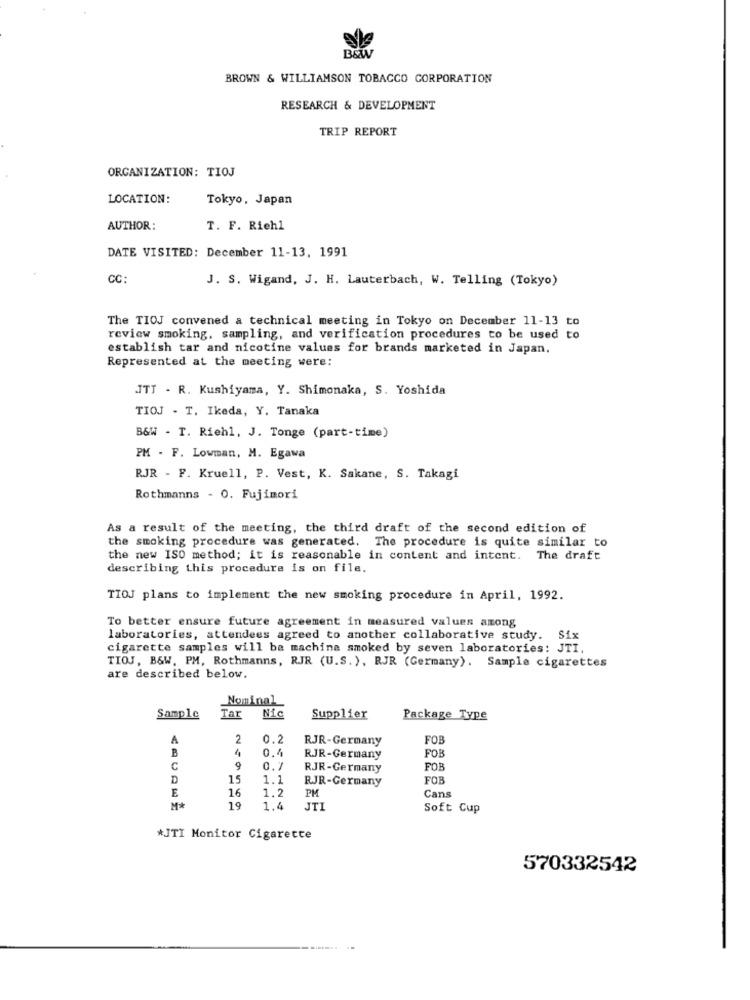
B&W
BROWN & WILLIAMSON TOBACCO CORPORATION
RESEARCH & DEVELOPMENT
TRIP REPORT
ORGANIZATION: TIOJ
LOCATION:
Tokyo, Japan
AUTHOR:
T. F. Riehl
DATE VISITED: December 11-13, 1991
CC:
J. S. Wigand, J. H. Lauterbach, W. Telling (Tokyo)
The TIOJ convened a technical meeting in Tokyo on December 11-13 to
review smoking, sampling, and verification procedures to be used to
establish tar and nicotine values for brands marketed in Japan.
Represented at the meeting were:
JTT . R. Kushiyama, Y. Shimonaka, S. Yoshida
TIOJ - T. Ikeda, Y. Tanaka
B&W - T. Riehl, J. Tonge (part-time)
PM - F. Lowman, M. Egawa
RJR - F. Kruell, P. Vest, K. Sakane, S. Takagi
Rothmanns - 0. Fujimori
As a result of the meeting, the third draft of the second edition of
the smoking procedure was generated. The procedure is quite similar to
the new ISO method; it is reasonable in content and intent. The draft
describing this procedure is on file.
TIOJ plans to implement the new smoking procedure in April, 1992.
To better ensure future agreement in measured values among
laboratories, attendees agreed to another collaborative study. Six
cigarette samples will be machine smoked by seven laboratories: JTI,
TIOJ, B&W. PM, Rothmanns, RJR (U.S. ), RJR (Germany).
Sample cigarettes
are described below.
Nominal
Sample
Tar Nie
Supplier
Package Type
A
2
0.2
RJR-Germany
FOR
B
0.4
RJR-Germany
FOB
C
0.
RJR-Germany
FOB
D
15
RJR-Germany
FOR
E
16
1.2
PM
Cans
M
19
1.8
JTI
Soft Cup
*JTI Monitor Cigarette
570332542